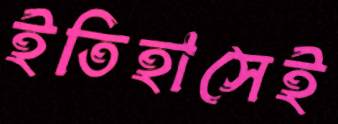
ইতিহাসেই